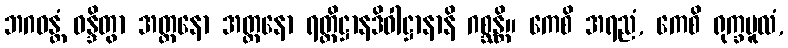
ဘဂဝန္တံ ဝန္ဒိတွာ အတ္တနော အတ္တနော ရတ္တိဋ္ဌာနဒိဝါဋ္ဌာနာနိ ဂစ္ဆန္တိ။ ကေစိ အရညံ, ကေစိ ရုက္ခမူလံ,